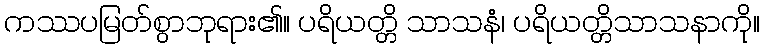
ကဿပမြတ်စွာဘုရား၏။ ပရိယတ္တိ သာသနံ၊ ပရိယတ္တိသာသနာကို။